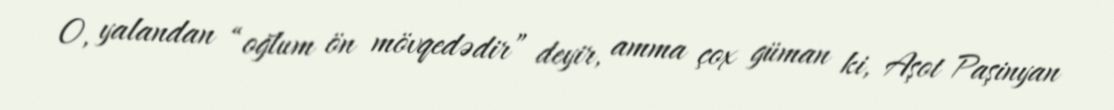
O, yalandan “oğlum ön mövqedədir” deyir, amma çox güman ki, Aşot Paşinyan